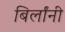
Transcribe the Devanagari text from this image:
बिर्लांनी